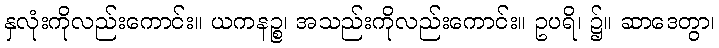
နှလုံးကိုလည်းကောင်း။ ယကနဉ္စ၊ အသည်းကိုလည်းကောင်း။ ဥပရိ၊ ၌။ ဆာဒေတွာ၊